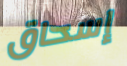
إسحاق